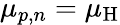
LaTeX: \mu_{{p,n}}=\mu_{\mathrm{H}}